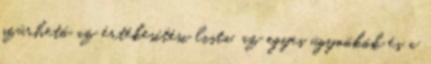
szűrhető az értékesítési lista, az egyes ügynökök és a